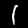
Label: 1